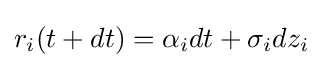
r_{i}(t+dt)=\alpha _{i}dt+\sigma _{i}dz_{i}